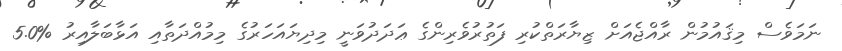
ނަމަވެސް މިޤައުމުން ރާއްޖެއަށް ޒިޔާރަތްކުރި ފަތުރުވެރިންގެ ޢަދަދުވަނީ މިދިޔައަހަރުގެ މިމުއްދަތާއި އަޅާބަލާއިރު %5.0